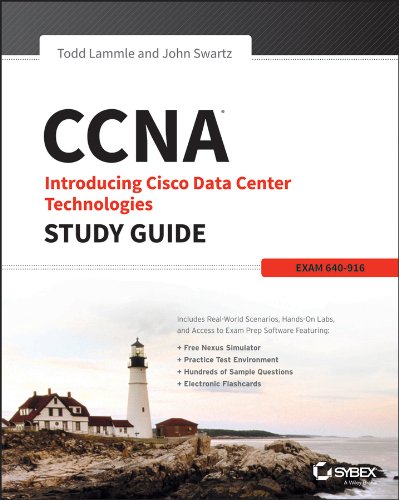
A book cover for CCNA Data Center: Introducing Cisco Data Center Technologies Study Guide: Exam 640-916; Todd Lammle; Computers & Technology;